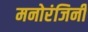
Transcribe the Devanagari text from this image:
मनोरंजिनी